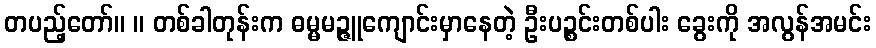
တပည့်တော်။ ။ တစ်ခါတုန်းက ဓမ္မမဉ္ဇူကျောင်းမှာနေတဲ့ ဦးပဉ္စင်းတစ်ပါး ခွေးကို အလွန်အမင်း